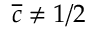
\overline { { c } } \neq 1 / 2